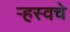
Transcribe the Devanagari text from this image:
ऱ्हस्वचे